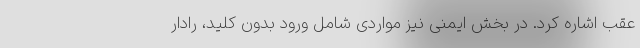
عقب اشاره کرد. در بخش ایمنی نیز مواردی شامل ورود بدون کلید، رادار